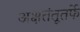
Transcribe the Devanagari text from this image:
अक्षतंतूतर्फे